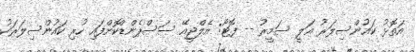
އަތޮޅު ކައުންސިލަރު ޢަލީ ސަމީރު -- ފޮޓޯ: އެލްޖީއޭ ސަސްޕެންޑްކޮށްފައި ހުރި ކައުންސިލަރަކު